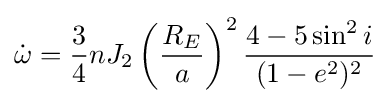
{\dot {\omega }}={\frac {3}{4}}nJ_{2}\left({\frac {R_{E}}{a}}\right)^{2}{\frac {4-5\sin ^{2}i}{(1-e^{2})^{2}}}